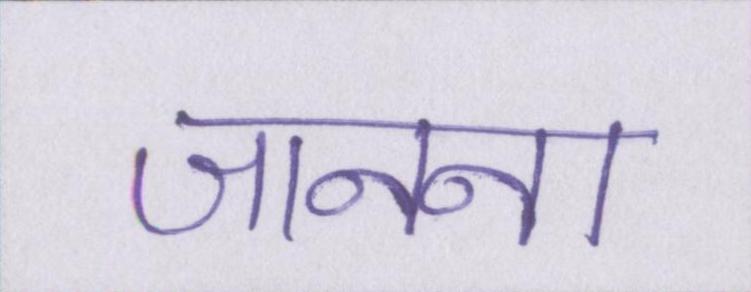
जानना